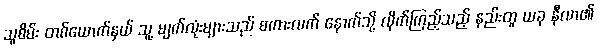
သူစိမ်း တစ်ယောက်နှယ် သူ့ မျက်လုံးများသည် စကားလက် နောက်သို့ လိုက်ကြည့်သည့် နည်းတူ ယခု နီလာ၏